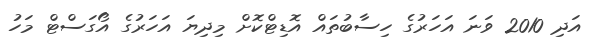
އަދި 2010 ވަނަ އަހަރުގެ ހިސާބުތައް އޮޑިޓްކޮށް މިދިޔަ އަހަރުގެ އޯގަސްޓް މަހު